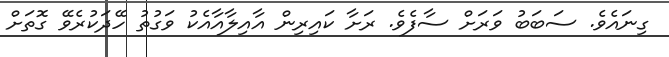
ގިނައެވެ. ސަބަބު ވަރަށް ސާފެވެ. ރަށާ ކައިރިން އާއިލާއާއެކު ވަގުތު ހޭދަކުރެވޭ ގޮތަށް